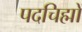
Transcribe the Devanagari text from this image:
पदचिह्मों